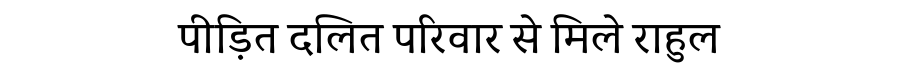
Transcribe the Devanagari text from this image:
पीड़ित दलित परिवार से मिले राहुल